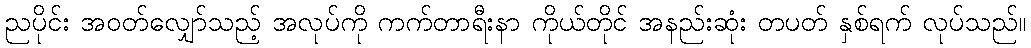
ညပိုင်း အဝတ်လျှော်သည့် အလုပ်ကို ကက်တာရီးနာ ကိုယ်တိုင် အနည်းဆုံး တပတ် နှစ်ရက် လုပ်သည်။